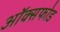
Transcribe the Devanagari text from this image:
ऑक्सफोड